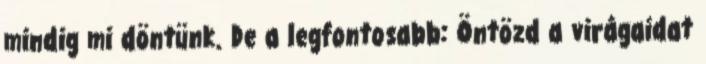
mindig mi döntünk. De a legfontosabb: Öntözd a virágaidat